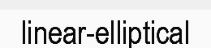
linear-elliptical